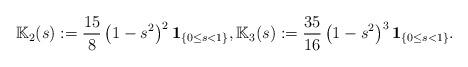
LaTeX: \begin{align*}\mathbb{K}_{2}(s):=\frac{15}{8}\left( 1-s^{2}\right) ^{2}\mathbf{1}_{\left\{0\leq s<1\right\} },\mathbb{K}_{3}(s):=\frac{35}{16}\left(1-s^{2}\right) ^{3}\mathbf{1}_{\left\{ 0\leq s<1\right\} }. \end{align*}